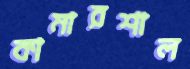
কামারশাল